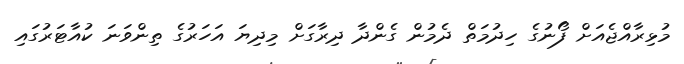
މުޅިރާއްޖެއަށް ފޯނުގެ ހިދުމަތް ދެމުން ގެންދާ ދިރާގަށް މިދިޔަ އަހަރުގެ ތިންވަނަ ކުއާޓަރުގައި